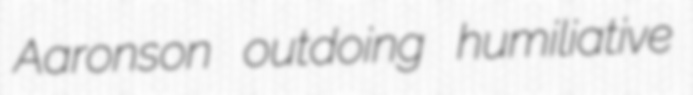
Aaronson outdoing humiliative